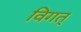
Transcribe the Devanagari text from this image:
विगत्